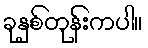
ခုနှစ်တုန်းကပါ။